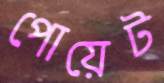
পোয়েট